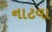
નાટવા